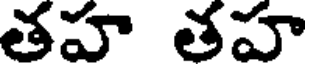
తహ తహ